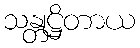
သန္တုဋ္ဌိတာယ